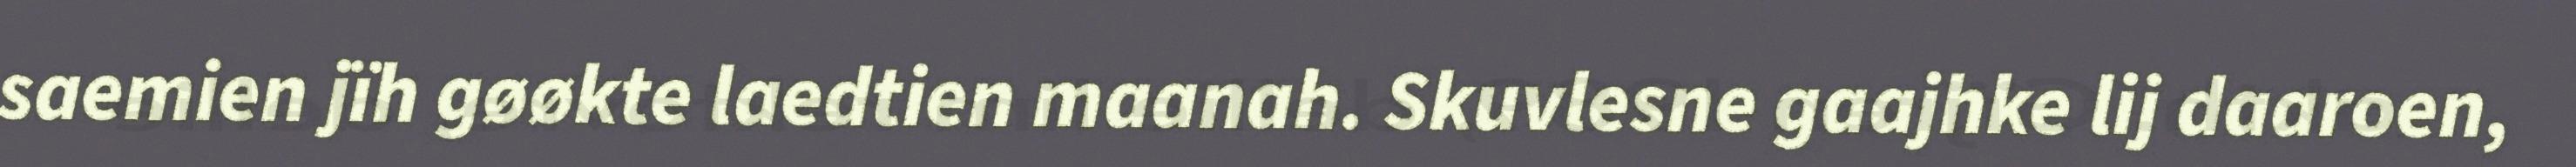
saemien jïh gøøkte laedtien maanah. Skuvlesne gaajhke lij daaroen,